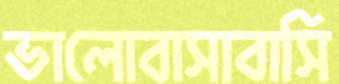
ভালোবাসাবাসি